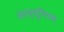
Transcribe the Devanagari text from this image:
नेपच्थूनियम